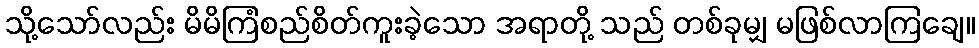
သို့သော်လည်း မိမိကြံစည်စိတ်ကူးခဲ့သော အရာတို့ သည် တစ်ခုမျှ မဖြစ်လာကြချေ။